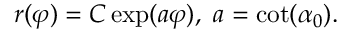
r ( \varphi ) = C \exp ( a \varphi ) , \ a = \cot ( \alpha _ { 0 } ) .